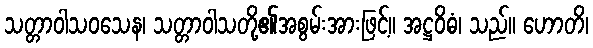
သတ္တာဝါသဝသေန၊ သတ္တာဝါသတို့၏အစွမ်းအားဖြင့်။ အဋ္ဌဝိဓံ၊ သည်။ ဟောတိ၊